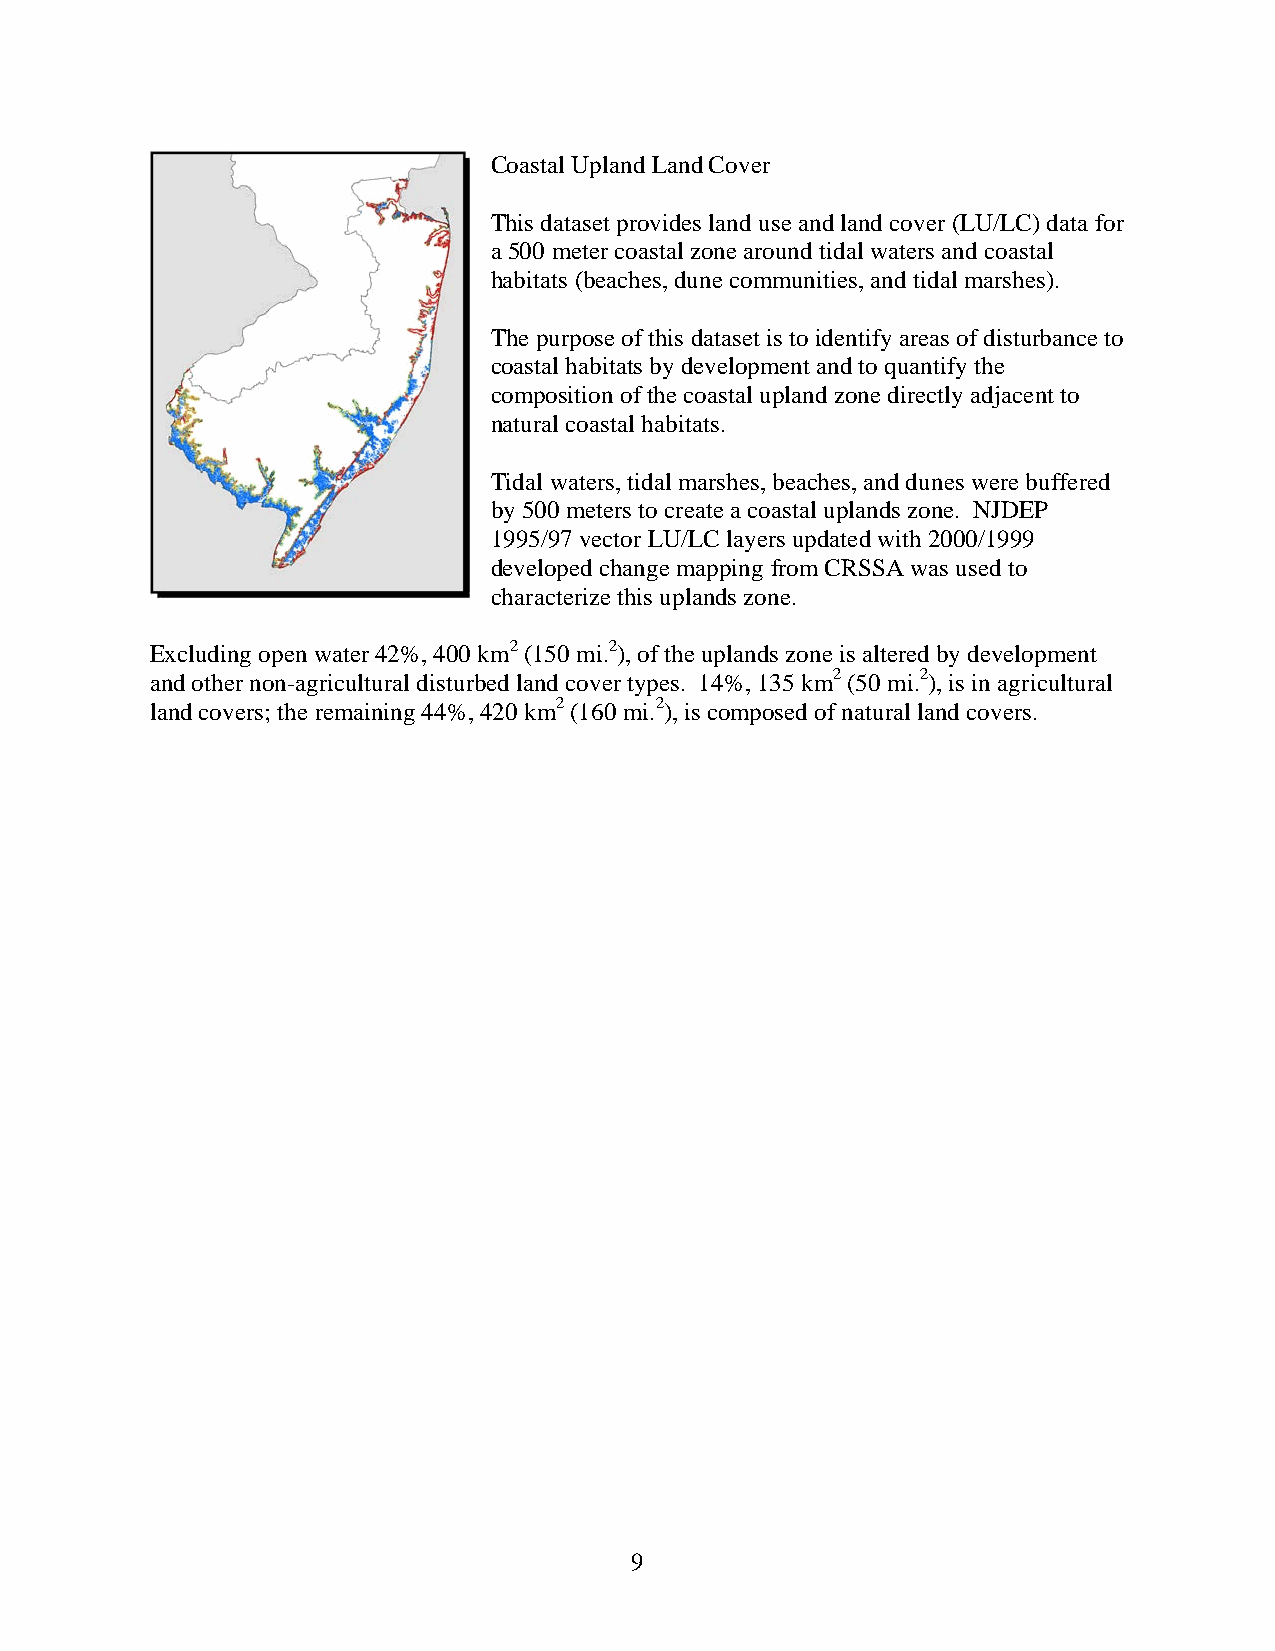
Coastal Upland Land Cover
 This dataset provides land use and land cover (LU/LC) data for
 a 500 meter coastal zone around tidal waters and coastal
 habitats (beaches, dune communities, and tidal marshes).
 The purpose of this dataset is to identify areas of disturbance to
 coastal habitats by development and to quantify the
 composition of the coastal upland zone directly adjacent to
 natural coastal habitats.
 Tidal waters, tidal marshes, beaches, and dunes were buffered
 by 500 meters to create a coastal uplands zone. NJDEP
 1995/97 vector LU/LC layers updated with 2000/1999
 developed change mapping from CRSSA was used to
 characterize this uplands zone.
 Excluding open water 42%, 400 km2 (150 mi.2), of the uplands zone is altered by development
 and other non-agricultural disturbed land cover types. 14%, 135 km2 (50 mi.2), is in agricultural
 land covers; the remaining 44%, 420 km2 (160 mi.2), is composed of natural land covers.
 9